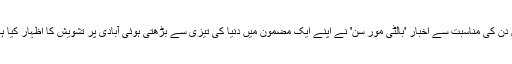
اس دن کی مناسبت سے اخبار 'بالٹی مور سن' نے اپنے ایک مضمون میں دنیا کی تیزی سے بڑھتی ہوئی آبادی پر تشویش کا اظہار کیا ہے۔